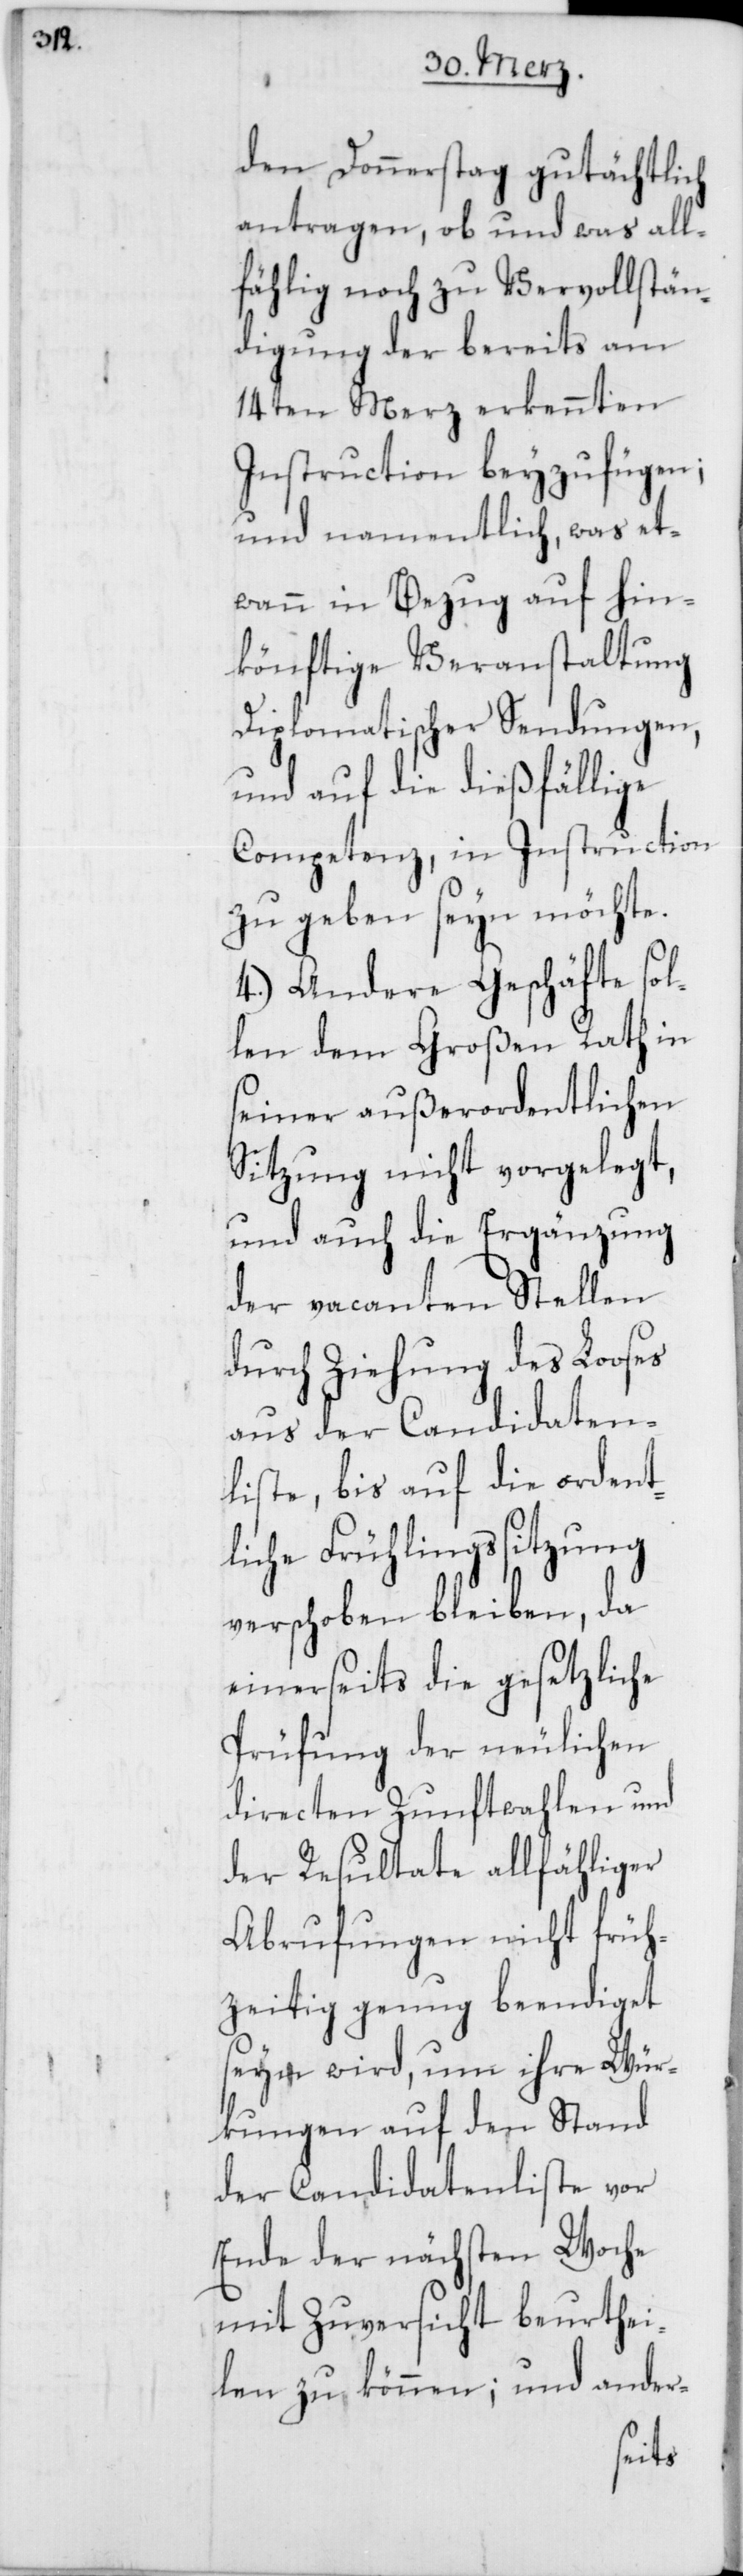
den Donnerstag gutächtlich
antragen, ob und was all¬
fählig noch zu Vervollstän¬
digung der bereits am
14ten Merz erkennten
Instruction beyzufügen;
und namentlich, was et¬
wann in Bezug auf hin¬
könftige Veranstaltung
Diplomatischer Sendungen,
und auf die dießfällige
Competenz, in Instruction
zu geben seyn möchte.
4.) Andere Geschäfte sol¬
len dem Großen Rath in
seiner außerordentlichen
Sitzung nicht vorgelegt,
und auch die Ergänzung
der vacanten Stellen
durch Ziehung des Looses
aus der Candidaten¬
liste, bis auf die ordent¬
liche Frühlingssitzung
verschoben bleiben, da
einerseits die gesetzliche
Prüfung der neulichen
directen Zunftwahlen und
der Resultate allfähliger
Abrufungen nicht früh¬
zeitig genug beendiget
seyn wird, um ihre Wür¬
kungen auf den Stand
der Candidatenliste vor
Ende der nächsten Woche
mit Zuversicht beurthei¬
len zu können; und ander-